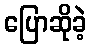
ပြောဆိုခဲ့